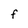
Character: F